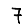
Digit: 7